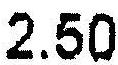
2.50